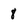
Character: 8